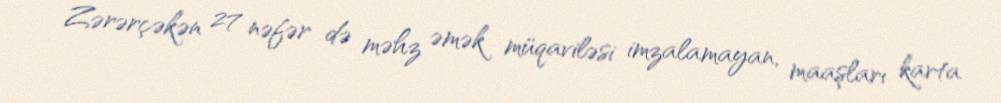
Zərərçəkən 27 nəfər də məhz əmək müqaviləsi imzalamayan, maaşları karta